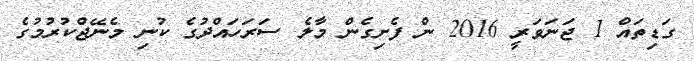
ގަޑިތައް 1 ޖަނަވަރީ 2016 ން ފެށިގެން މާލެ ސަރަހައްދުގެ ކުނި މެނޭޖްކުރުމުގެ